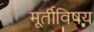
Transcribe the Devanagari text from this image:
मूर्तीविषय